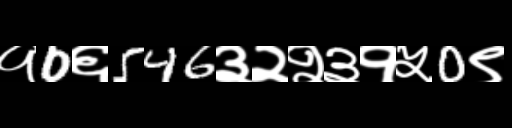
Text: १0६546३२२३१५0९